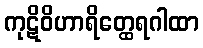
ကုဋိဝိဟာရိတ္ထေရဂါထာ